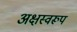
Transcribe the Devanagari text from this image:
अक्षस्वरूप